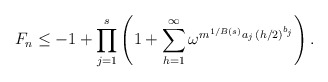
\begin{align*}F_n \le -1+\prod_{j=1}^s\left(1+\sum_{h=1}^{\infty} \omega^{m^{1/B(s)} a_j\, (h/2)^{b_j}}\right).\end{align*}